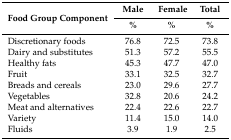
| <ROWSPAN=2> Food Group Component | Male | Female | Total |
 | % | % | % |
 | --- | --- | --- | --- |
 | Discretionary foods | 76.8 | 72.5 | 73.8 |
 | Dairy and substitutes | 51.3 | 57.2 | 55.5 |
 | Healthy fats | 45.3 | 47.7 | 47.0 |
 | Fruit | 33.1 | 32.5 | 32.7 |
 | Breads and cereals | 23.0 | 29.6 | 27.7 |
 | Vegetables | 32.8 | 20.6 | 24.2 |
 | Meat and alternatives | 22.4 | 22.6 | 22.7 |
 | Variety | 11.4 | 15.0 | 14.0 |
 | Fluids | 3.9 | 1.9 | 2.5 |